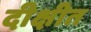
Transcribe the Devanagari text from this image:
दीक्षीत